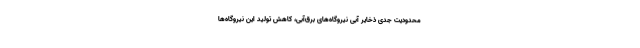
محدودیت جدی ذخایر آبی نیروگاه‌های برق‌آبی، کاهش تولید این نیروگاه‌ها